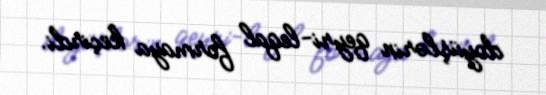
doyüşlərin qeyri-leqal formaya keçirdi.